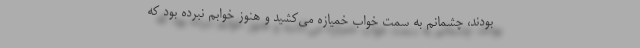
بودند، چشمانم به سمت خواب خمیازه می‌کشید و هنوز خوابم نبرده بود که